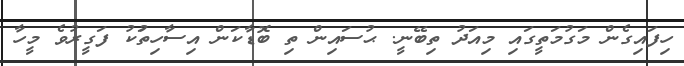
ހިފައިގެން މަގުމަތީގައި މިއަދު ތިބޭނީ. ޙުސައިން ތި ބޮޑާކަން އިސާހިތަުކު ފަގީރުވެ މީހާ